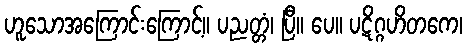
ဟူသောအကြောင်းကြောင့်။ ပညတ္တံ၊ ပြီ။ ပေ။ ပဋိဂ္ဂဟိတကေ၊